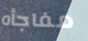
مفاجأه